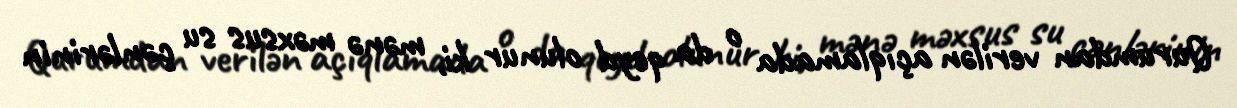
Qurumdan verilən açıqlamada o da qeyd olunur ki, mənə məxsus su çənlərinin